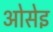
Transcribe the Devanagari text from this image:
ओसेइ